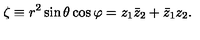
\zeta \equiv r ^ { 2 } \sin \theta \cos \varphi = z _ { 1 } \bar { z } _ { 2 } + \bar { z } _ { 1 } z _ { 2 } .